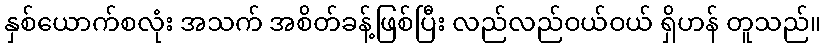
နှစ်ယောက်စလုံး အသက် အစိတ်ခန့်ဖြစ်ပြီး လည်လည်ဝယ်ဝယ် ရှိဟန် တူသည်။